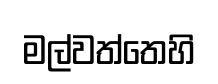
මල්වත්තෙහි